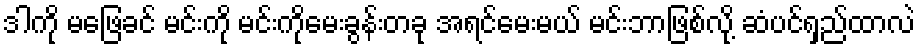
ဒါကို မဖြေခင် မင်းကို မင်းကိုမေးခွန်းတခု အရင်မေးမယ် မင်းဘာဖြစ်လို့ ဆံပင်ရှည်ထာလဲ